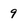
Character: 9